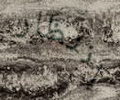
إنتظار